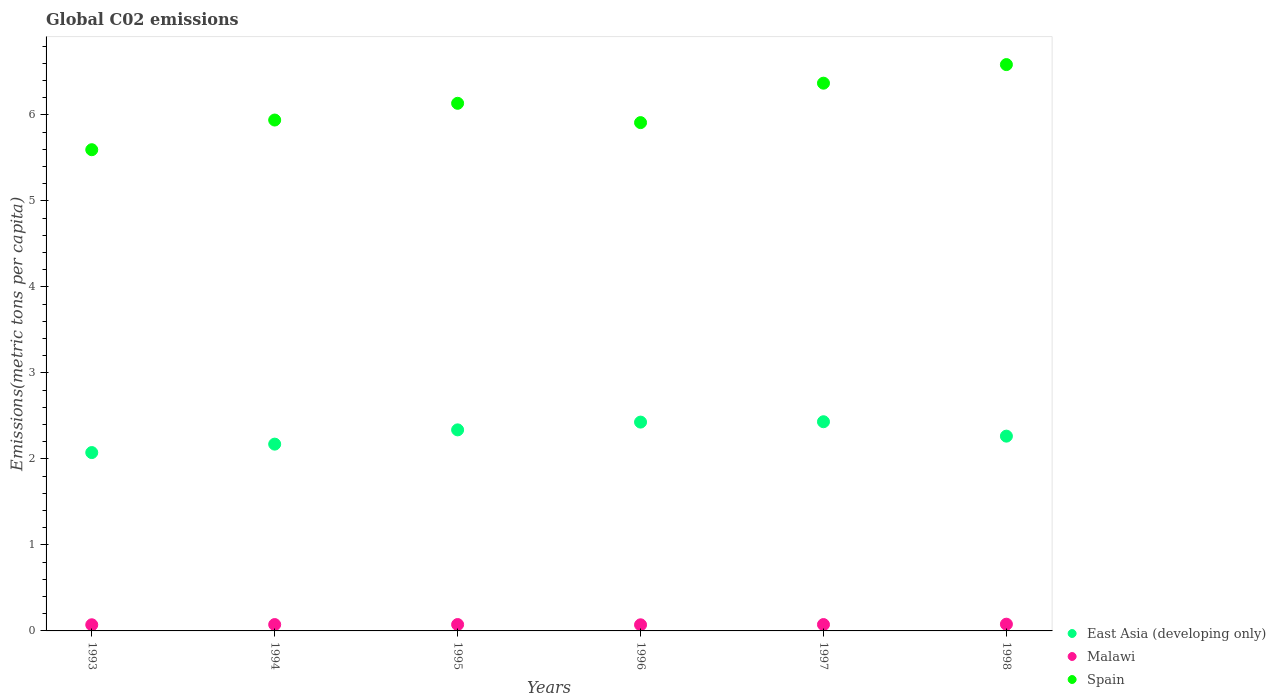
| Years | East Asia (developing only) | Malawi | Spain |
 | --- | --- | --- | --- |
 | 1993 | 2.07 | 0.0715 | 5.59 |
 | 1994 | 2.17 | 0.0739 | 5.94 |
 | 1995 | 2.34 | 0.0743 | 6.13 |
 | 1996 | 2.43 | 0.0711 | 5.91 |
 | 1997 | 2.43 | 0.074 | 6.37 |
 | 1998 | 2.26 | 0.0785 | 6.58 |